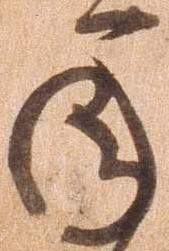
承